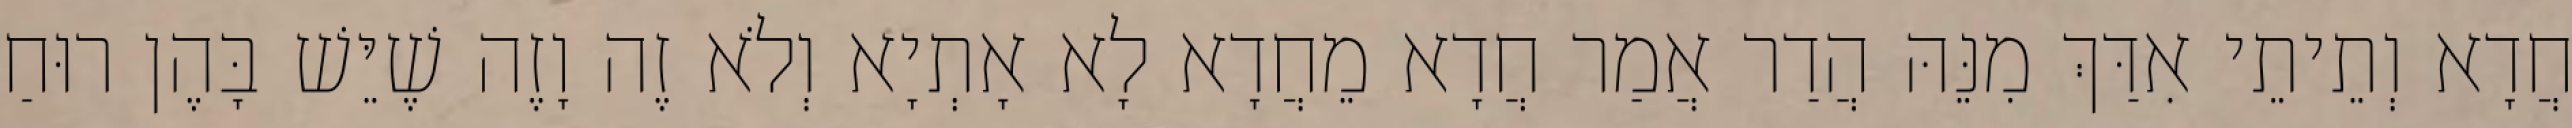
חֲדָא וְתֵיתֵי אִדַּךְ מִנֵּהּ הֲדַר אֲמַר חֲדָא מֵחֲדָא לָא אָתְיָא וְלֹא זֶה וָזֶה שֶׁיֵּשׁ בָּהֶן רוּחַ